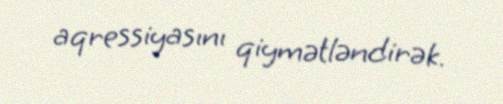
aqressiyasını qiymətləndirək.